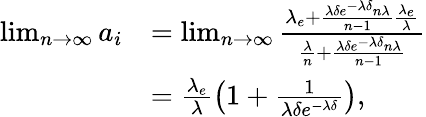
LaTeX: \begin{array}{rl}{\operatorname*{lim}_{n\to\infty}a_{i}}&{=\operatorname*{lim}_{n\to\infty}\frac{\lambda_{e}+\frac{\lambda\delta e^{-\lambda\delta}n\lambda}{n-1}\frac{\lambda_{e}}{\lambda}}{\frac{\lambda}{n}+\frac{\lambda\delta e^{-\lambda\delta}n\lambda}{n-1}}}\\ &{=\frac{\lambda_{e}}{\lambda}\left(1+\frac{1}{\lambda\delta e^{-\lambda\delta}}\right),}\end{array}